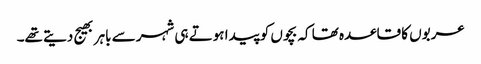
عربوں کا قاعدہ تھا کہ بچوں کو پیدا ہوتے ہی شہر سے باہر بھیج دیتے تھے۔